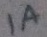
Text: 1A